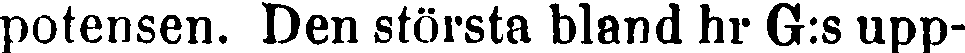
potensen. Den största bland hr G:s upp-